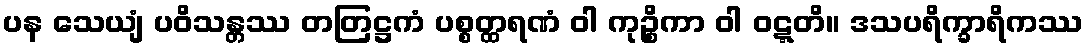
ပန သေယျံ ပဝိသန္တဿ တတြဋ္ဌကံ ပစ္စတ္ထရဏံ ဝါ ကုဉ္စိကာ ဝါ ဝဋ္ဋတိ။ ဒသပရိက္ခာရိကဿ